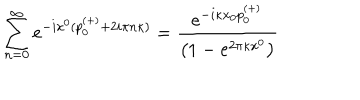
\sum _ { n = 0 } ^ { \infty } e ^ { - i x ^ { 0 } ( p _ { 0 } ^ { ( + ) } + 2 i \pi n \kappa ) } = { \frac { e ^ { - i \kappa x _ { 0 } p _ { 0 } ^ { ( + ) } } } { \left( 1 - e ^ { 2 \pi \kappa x ^ { 0 } } \right) } }